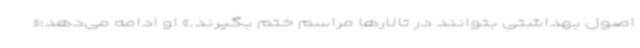
اصول بهداشتی بتوانند در تالارها مراسم ختم بگیرند.» او ادامه می‌دهد:«